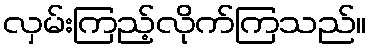
လှမ်းကြည့်လိုက်ကြသည်။